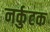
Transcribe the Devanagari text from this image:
नर्कुटक